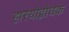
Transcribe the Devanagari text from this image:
हास्योद्बोधक